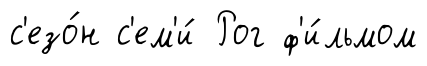
с'езо́н с'ем'и́ Рог ф'и́льмом